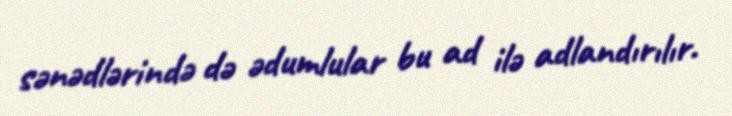
sənədlərində də ədumlular bu ad ilə adlandırılır.